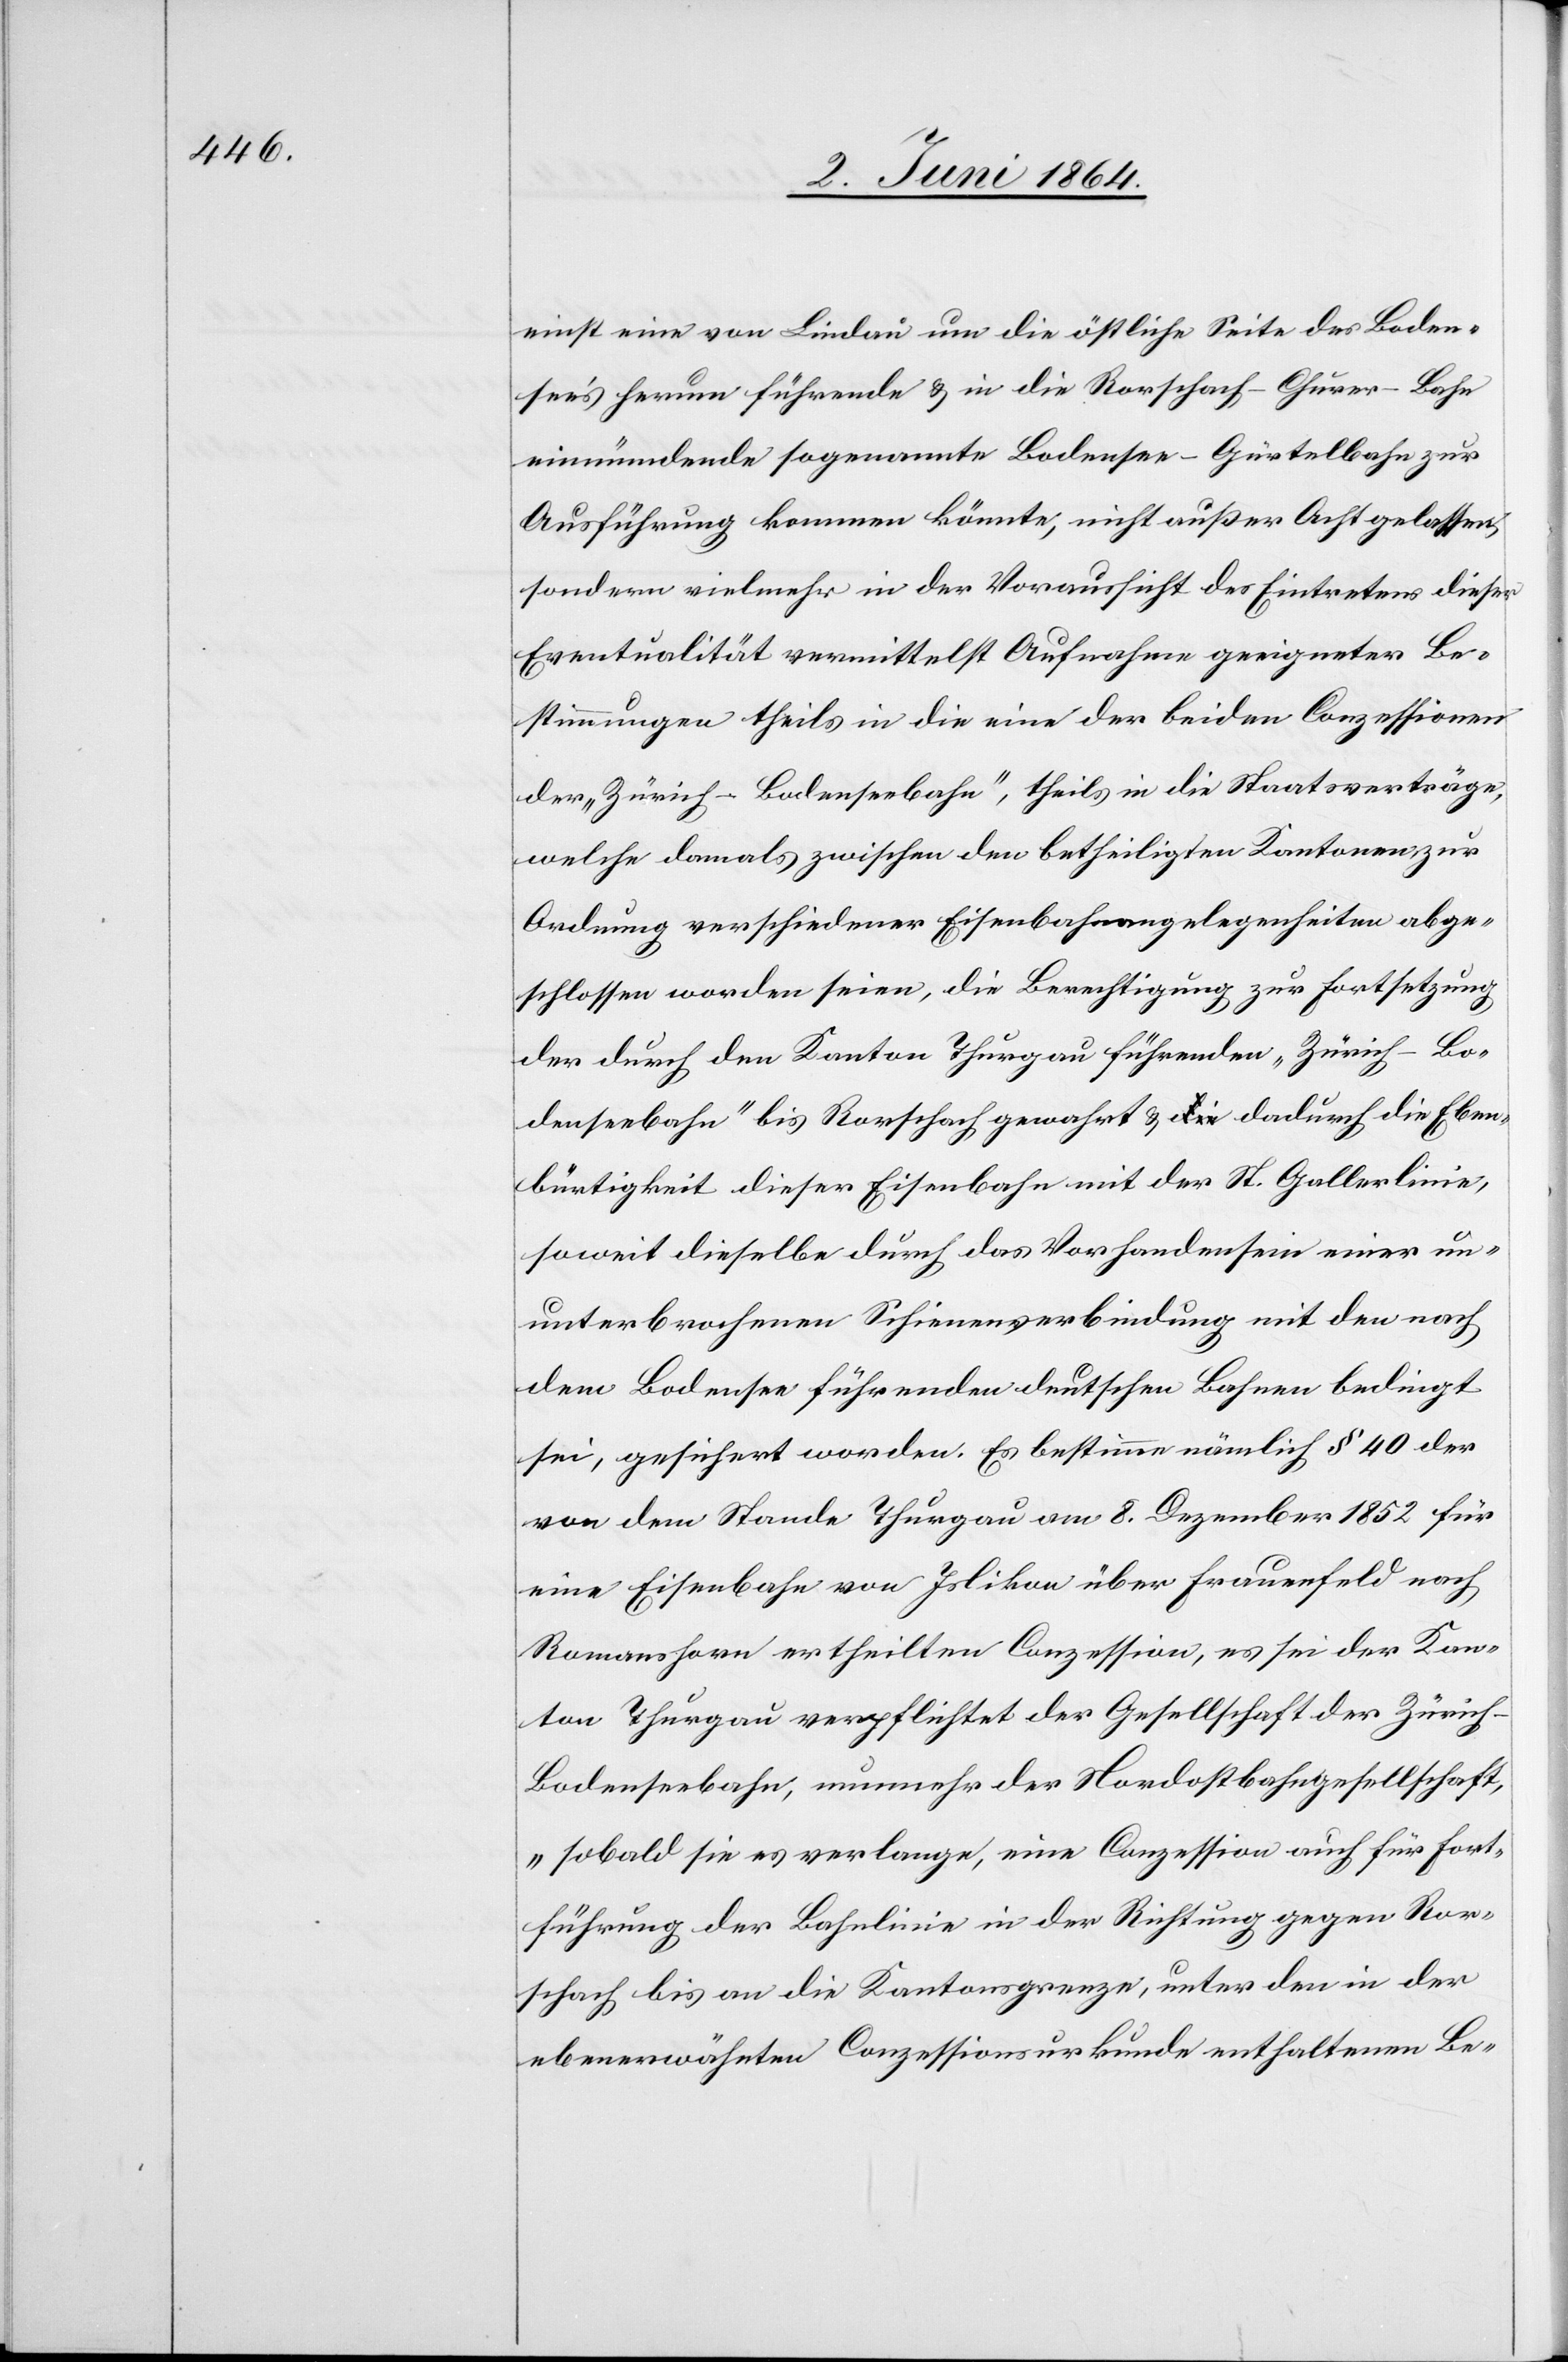
einst eine von Lindau um die östliche Seite des Boden¬
see’s herum führende u. in die Rorschach–Churer-Bahn
einmündende sogenannte Bodensee-Gürtelbahn zur
Ausführung kommen könnte, nicht außer Acht gelassen,
sondern vielmehr in der Voraussicht des Eintretens dieser
Eventualität vermittelst Aufnahme geeigneter Be¬
stimmungen theils in die eine der beiden Conzessionen
der „Zürich–Bodenseebahn“, theils in die Staatsverträge,
welche damals zwischen den betheiligten Kantonen zur
Ordnung verschiedener Eisenbahnangelegenheiten abge¬
schlossen worden seien, die Berechtigung zur Fortsetzung
der durch den Kanton Thurgau führenden „Zürich–Bo¬
denseebahn“ bis Rorschach gewahrt u. dadurch die Eben¬
bürtigkeit dieser Eisenbahn mit der St. Gallerlinie,
soweit dieselbe durch das Vorhandensein einer un¬
unterbrochenen Schienenverbindung mit den nach
dem Bodensee führenden deutschen Bahnen bedingt
sei, gesichert worden. Es bestimmen nämlich § 40 der
von dem Stande Thurgau am 8. Dezember 1852 für
eine Eisenbahn von Islikon über Frauenfeld nach
Romanshorn ertheilten Conzession, es sei der Kan¬
ton Thurgau verpflichtet der Gesellschaft der Zürich–B¬
odenseebahn, nunmehr der Nordostbahngesellschaft,
„sobald sie es verlange, eine Conzession auch für Fort¬
führung der Bahnlinie in der Richtung gegen Ror¬
schach bis an die Kantonsgrenze, unter den in der
ebenerwähnten Conzessionsurkunde enthaltenen Be-